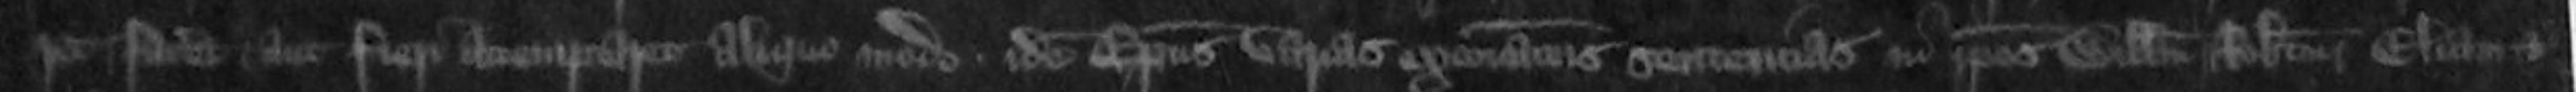
ret faceret aut fieri attemptaret aliquot modo Idem Episcopus varias excommunicationis sententias in ipsos Willelmum Robertum Eliam et